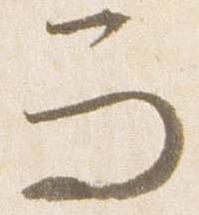
而